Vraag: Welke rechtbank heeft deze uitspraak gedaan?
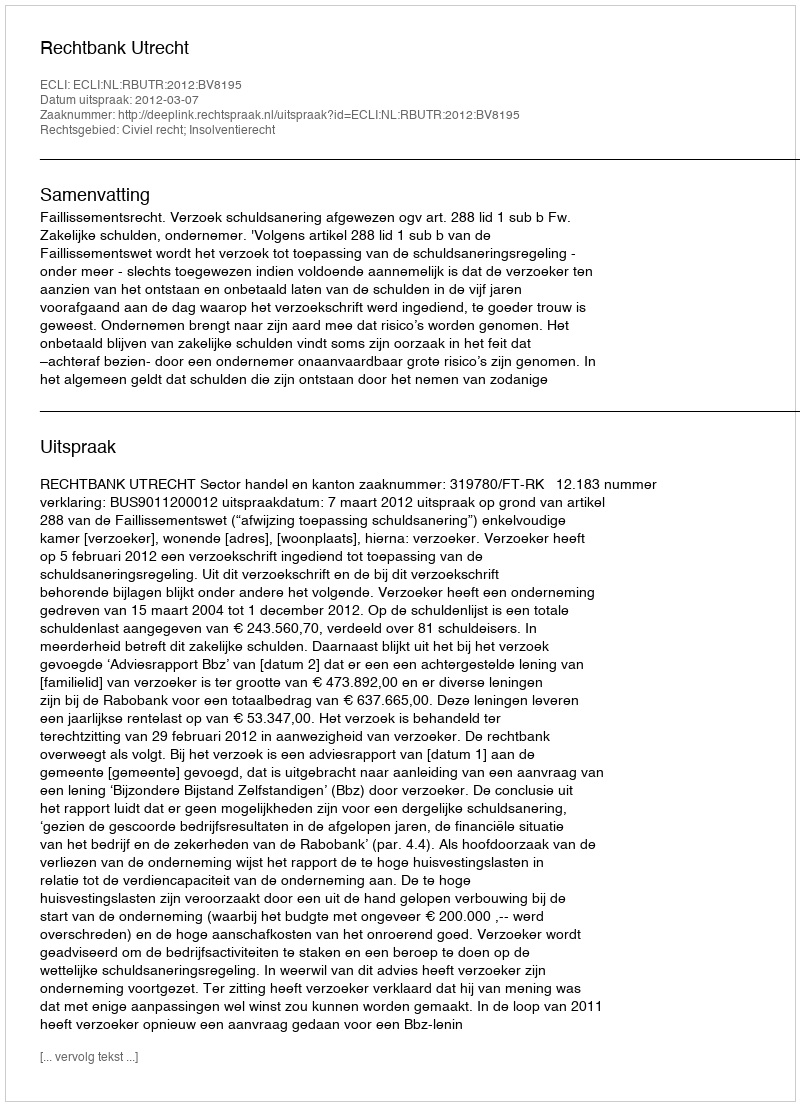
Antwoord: Rechtbank Utrecht